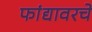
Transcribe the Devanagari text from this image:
फांद्यावरचे